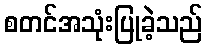
စတင်အသုံးပြုခဲ့သည်